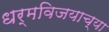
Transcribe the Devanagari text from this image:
धर्मविजयाच्या